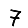
Digit: 7